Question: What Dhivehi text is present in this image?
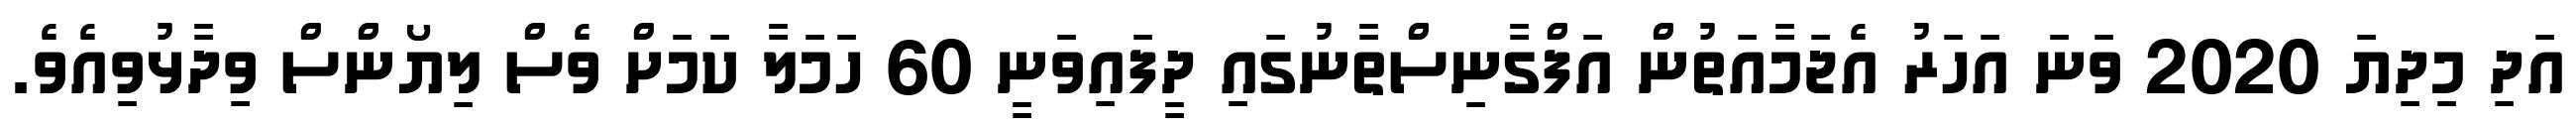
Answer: އަދި މިދިޔަ 2020 ވަނަ އަހަރު އެޖަމާއަތުން އަފްގާނިސްތާނުގައި ދީފައިވަނީ 60 ހަމަލާ ކަމަށް ވެސް ލިޔޯންސް ވިދާޅުވިއެވެ.